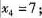
$$x _ { 4 } = 7$$;